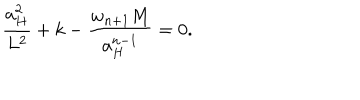
{ \frac { a _ { H } ^ { 2 } } { L ^ { 2 } } } + k - { \frac { w _ { n + 1 } M } { a _ { H } ^ { n - 1 } } } = 0 .